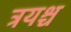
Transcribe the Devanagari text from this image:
त्रयश्च